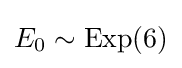
E_{0}\sim {\text{Exp}}(6)